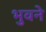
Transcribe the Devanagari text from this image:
भुवने